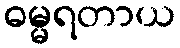
ဓမ္မရတာယ